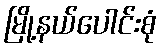
မြို့နယ်ပေါင်းစုံ